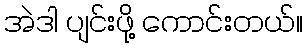
အဲဒါ ပျင်းဖို့ ကောင်းတယ်။